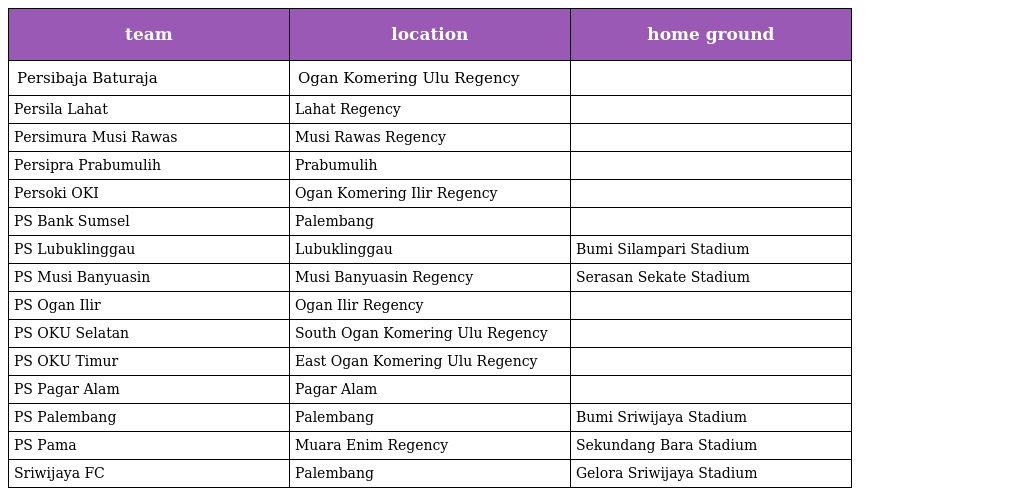
| team | location | home ground |
 | --- | --- | --- |
 | Persibaja Baturaja | Ogan Komering Ulu Regency |  |
 | Persila Lahat | Lahat Regency |  |
 | Persimura Musi Rawas | Musi Rawas Regency |  |
 | Persipra Prabumulih | Prabumulih |  |
 | Persoki OKI | Ogan Komering Ilir Regency |  |
 | PS Bank Sumsel | Palembang |  |
 | PS Lubuklinggau | Lubuklinggau | Bumi Silampari Stadium |
 | PS Musi Banyuasin | Musi Banyuasin Regency | Serasan Sekate Stadium |
 | PS Ogan Ilir | Ogan Ilir Regency |  |
 | PS OKU Selatan | South Ogan Komering Ulu Regency |  |
 | PS OKU Timur | East Ogan Komering Ulu Regency |  |
 | PS Pagar Alam | Pagar Alam |  |
 | PS Palembang | Palembang | Bumi Sriwijaya Stadium |
 | PS Pama | Muara Enim Regency | Sekundang Bara Stadium |
 | Sriwijaya FC | Palembang | Gelora Sriwijaya Stadium |